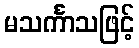
မသင်္ကာသဖြင့်